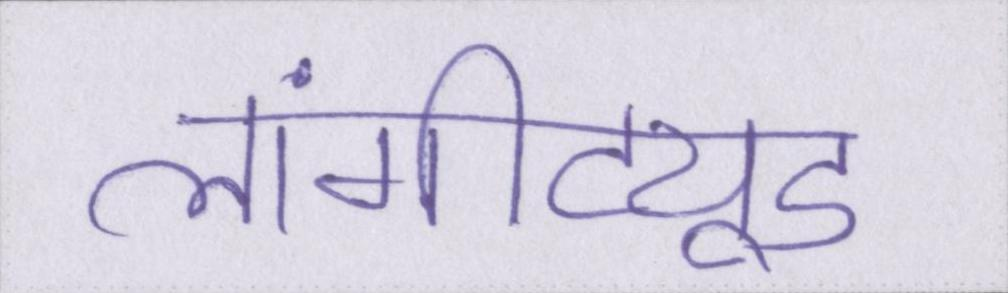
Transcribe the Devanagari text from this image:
लांगीट्यूड